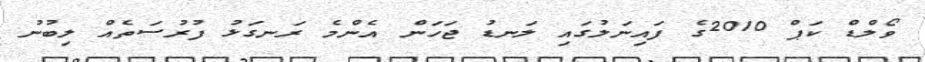
ވޯލްޑް ކަޕް 2010ގެ ފައިނަލުގައި ލަނޑު ޖަހަން އެންމެ ރަނގަޅު ފުރުސަތެއް ލިބުނު